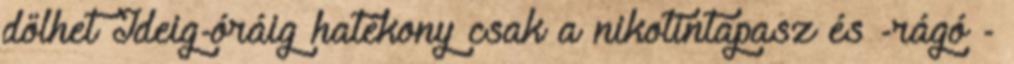
dőlhet Ideig-óráig hatékony csak a nikotintapasz és -rágó -